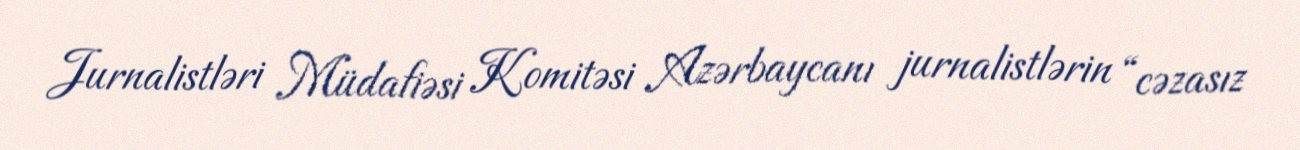
Jurnalistləri Müdafiəsi Komitəsi Azərbaycanı jurnalistlərin “cəzasız